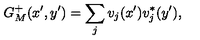
G _ { M } ^ { + } ( x ^ { \prime } , y ^ { \prime } ) = \sum _ { j } v _ { j } ( x ^ { \prime } ) v _ { j } ^ { * } ( y ^ { \prime } ) ,